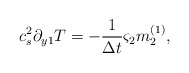
\begin{align*}c_s^2\partial _{y1}T =-\frac{1}{\Delta t} {\varsigma}_2{m}_2 ^{(1)},\end{align*}